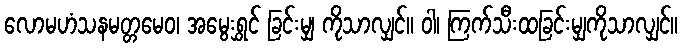
လောမဟံသနမတ္တမေဝ၊ အမွေးရွှင် ခြင်းမျှ ကိုသာလျှင်။ ဝါ၊ ကြက်သီးထခြင်းမျှကိုသာလျှင်။